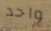
واحد